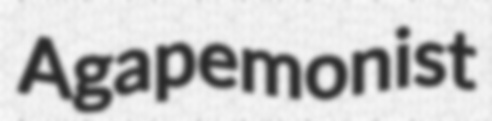
Agapemonist